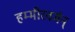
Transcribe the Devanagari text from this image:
हम्मीरवर्मन्